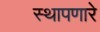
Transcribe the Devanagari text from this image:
स्थापणारे